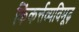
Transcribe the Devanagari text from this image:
किंकर्त्तव्यविमूढ़